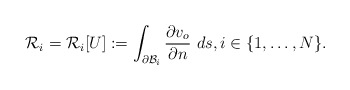
\begin{align*}\mathcal{R}_i=\mathcal{R}_i[U]:=\int_{\partial\mathcal{B}_i}\frac{\partial v_o}{\partial n}~ds, i\in \{1,\ldots,N\}.\end{align*}